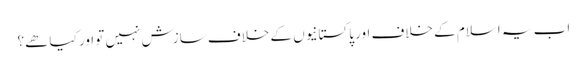
اب یہ اسلام کے خلاف اور پاکستانیوں کے خلاف سازش نہیں تو اور کیا ھے؟